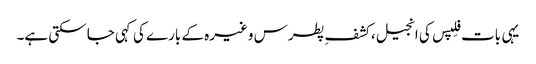
یہی بات فِلپس کی انجیل، کشفِ پطرس وغیرہ کے بارے کی کہی جا سکتی ہے۔